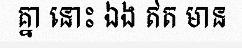
គ្នា នោះ ឯង ឥត មាន